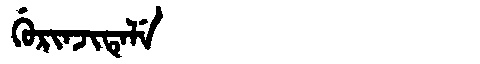
Manchu: ᡤᡠᡵᡳᠨᠵᡳᡨᡝᠯᡝ
Romanization: GURINJITELE